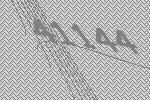
41144